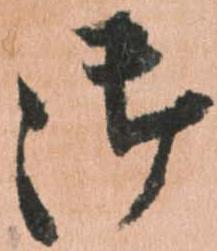
御